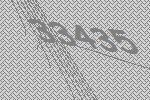
33435